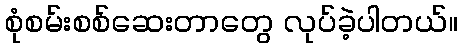
စုံစမ်းစစ်ဆေးတာတွေ လုပ်ခဲ့ပါတယ်။